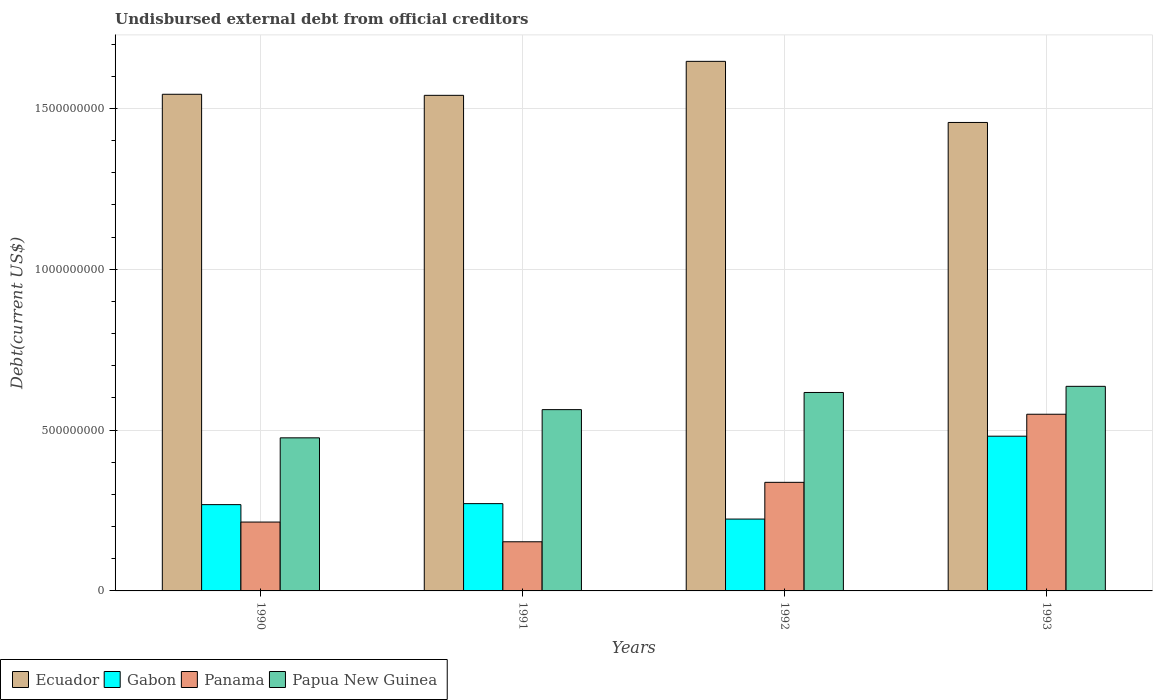
| Years | Ecuador | Gabon | Panama | Papua New Guinea |
 | --- | --- | --- | --- | --- |
 | 1990 | 1.54e+09 | 2.68e+08 | 2.14e+08 | 4.76e+08 |
 | 1991 | 1.54e+09 | 2.71e+08 | 1.53e+08 | 5.64e+08 |
 | 1992 | 1.65e+09 | 2.23e+08 | 3.38e+08 | 6.17e+08 |
 | 1993 | 1.46e+09 | 4.81e+08 | 5.49e+08 | 6.36e+08 |